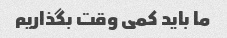
ما باید کمی وقت بگذاریم